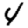
Digit: 4